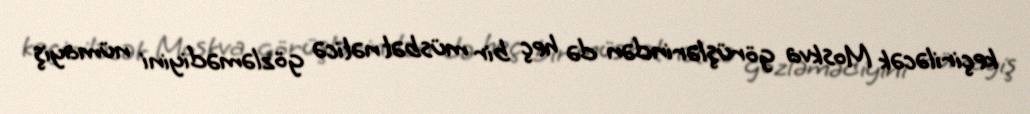
keçiriləcək Moskva görüşlərindən də heç bir müsbət nəticə gözləmədiyini nümayiş